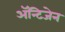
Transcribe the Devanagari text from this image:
ॲन्टिजेन